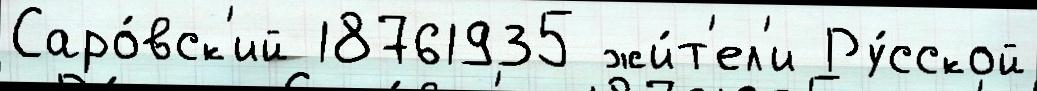
Саро́вск'ий 18761935 жи́т'ел'и Ру́сской